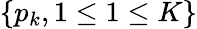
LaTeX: \{ p_{k},1\le 1\le K\}